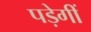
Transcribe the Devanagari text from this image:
पड़ेगीं